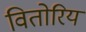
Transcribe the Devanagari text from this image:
वितोरिय